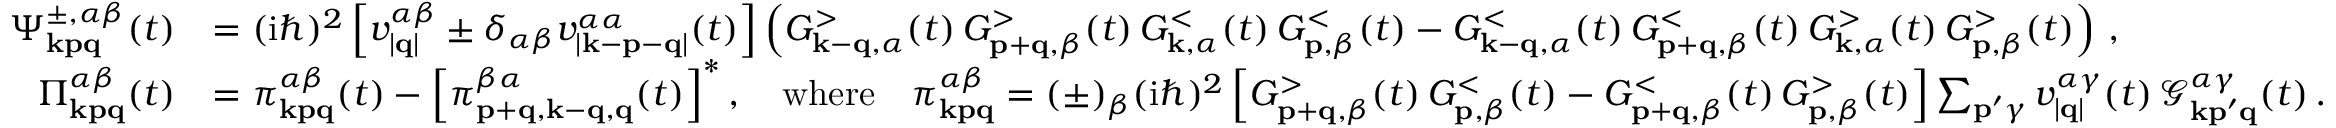
\begin{array} { r l } { \Psi _ { \mathbf { k p q } } ^ { \pm , \alpha \beta } ( t ) } & { = ( \mathrm { i } \hbar ) ^ { 2 } \left[ v _ { | \mathbf { q } | } ^ { \alpha \beta } \pm \delta _ { \alpha \beta } v _ { | \mathbf { k } - \mathbf { p } - \mathbf { q } | } ^ { \alpha \alpha } ( t ) \right] \left( G _ { \mathbf { k } - \mathbf { q } , \alpha } ^ { > } ( t ) \, G _ { \mathbf { p } + \mathbf { q } , \beta } ^ { > } ( t ) \, G _ { \mathbf { k } , \alpha } ^ { < } ( t ) \, G _ { \mathbf { p } , \beta } ^ { < } ( t ) - G _ { \mathbf { k } - \mathbf { q } , \alpha } ^ { < } ( t ) \, G _ { \mathbf { p } + \mathbf { q } , \beta } ^ { < } ( t ) \, G _ { \mathbf { k } , \alpha } ^ { > } ( t ) \, G _ { \mathbf { p } , \beta } ^ { > } ( t ) \right) \, , } \\ { \Pi _ { \mathbf { k p q } } ^ { \alpha \beta } ( t ) } & { = \pi _ { \mathbf { k p q } } ^ { \alpha \beta } ( t ) - \left[ \pi _ { \mathbf { p } + \mathbf { q } , \mathbf { k } - \mathbf { q } , \mathbf { q } } ^ { \beta \alpha } ( t ) \right] ^ { * } , \quad \mathrm { w h e r e } \quad \pi _ { \mathbf { k p q } } ^ { \alpha \beta } = ( \pm ) _ { \beta } ( \mathrm { i } \hbar ) ^ { 2 } \left[ G _ { \mathbf { p } + \mathbf { q } , \beta } ^ { > } ( t ) \, G _ { \mathbf { p } , \beta } ^ { < } ( t ) - G _ { \mathbf { p } + \mathbf { q } , \beta } ^ { < } ( t ) \, G _ { \mathbf { p } , \beta } ^ { > } ( t ) \right] \sum _ { \mathbf { p } ^ { \prime } \gamma } v _ { | \mathbf { q } | } ^ { \alpha \gamma } ( t ) \, \mathcal { G } _ { \mathbf { k } \mathbf { p } ^ { \prime } \mathbf { q } } ^ { \alpha \gamma } ( t ) \, . } \end{array}